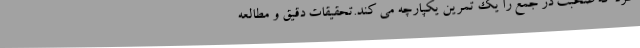
کرد که صحبت در جمع را یک تمرین یکپارچه می کند.تحقیقات دقیق و مطالعه